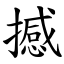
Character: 撼